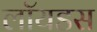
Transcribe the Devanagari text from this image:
लॉयडस